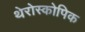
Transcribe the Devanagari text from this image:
थेरोस्कोपिक